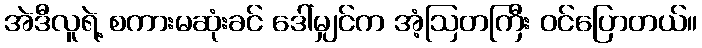
အဲဒီလူရဲ့ စကားမဆုံးခင် ဒေါ်မျှင်က အံ့ဩတကြီး ဝင်ပြောတယ်။